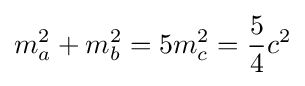
m_{a}^{2}+m_{b}^{2}=5m_{c}^{2}={\frac {5}{4}}c^{2}